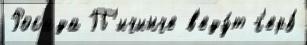
Росада П'ичинче в'еду́т г'ерб